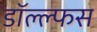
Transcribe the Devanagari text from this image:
डॉल्ल्फस